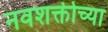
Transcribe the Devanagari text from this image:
नवशक्तीच्या